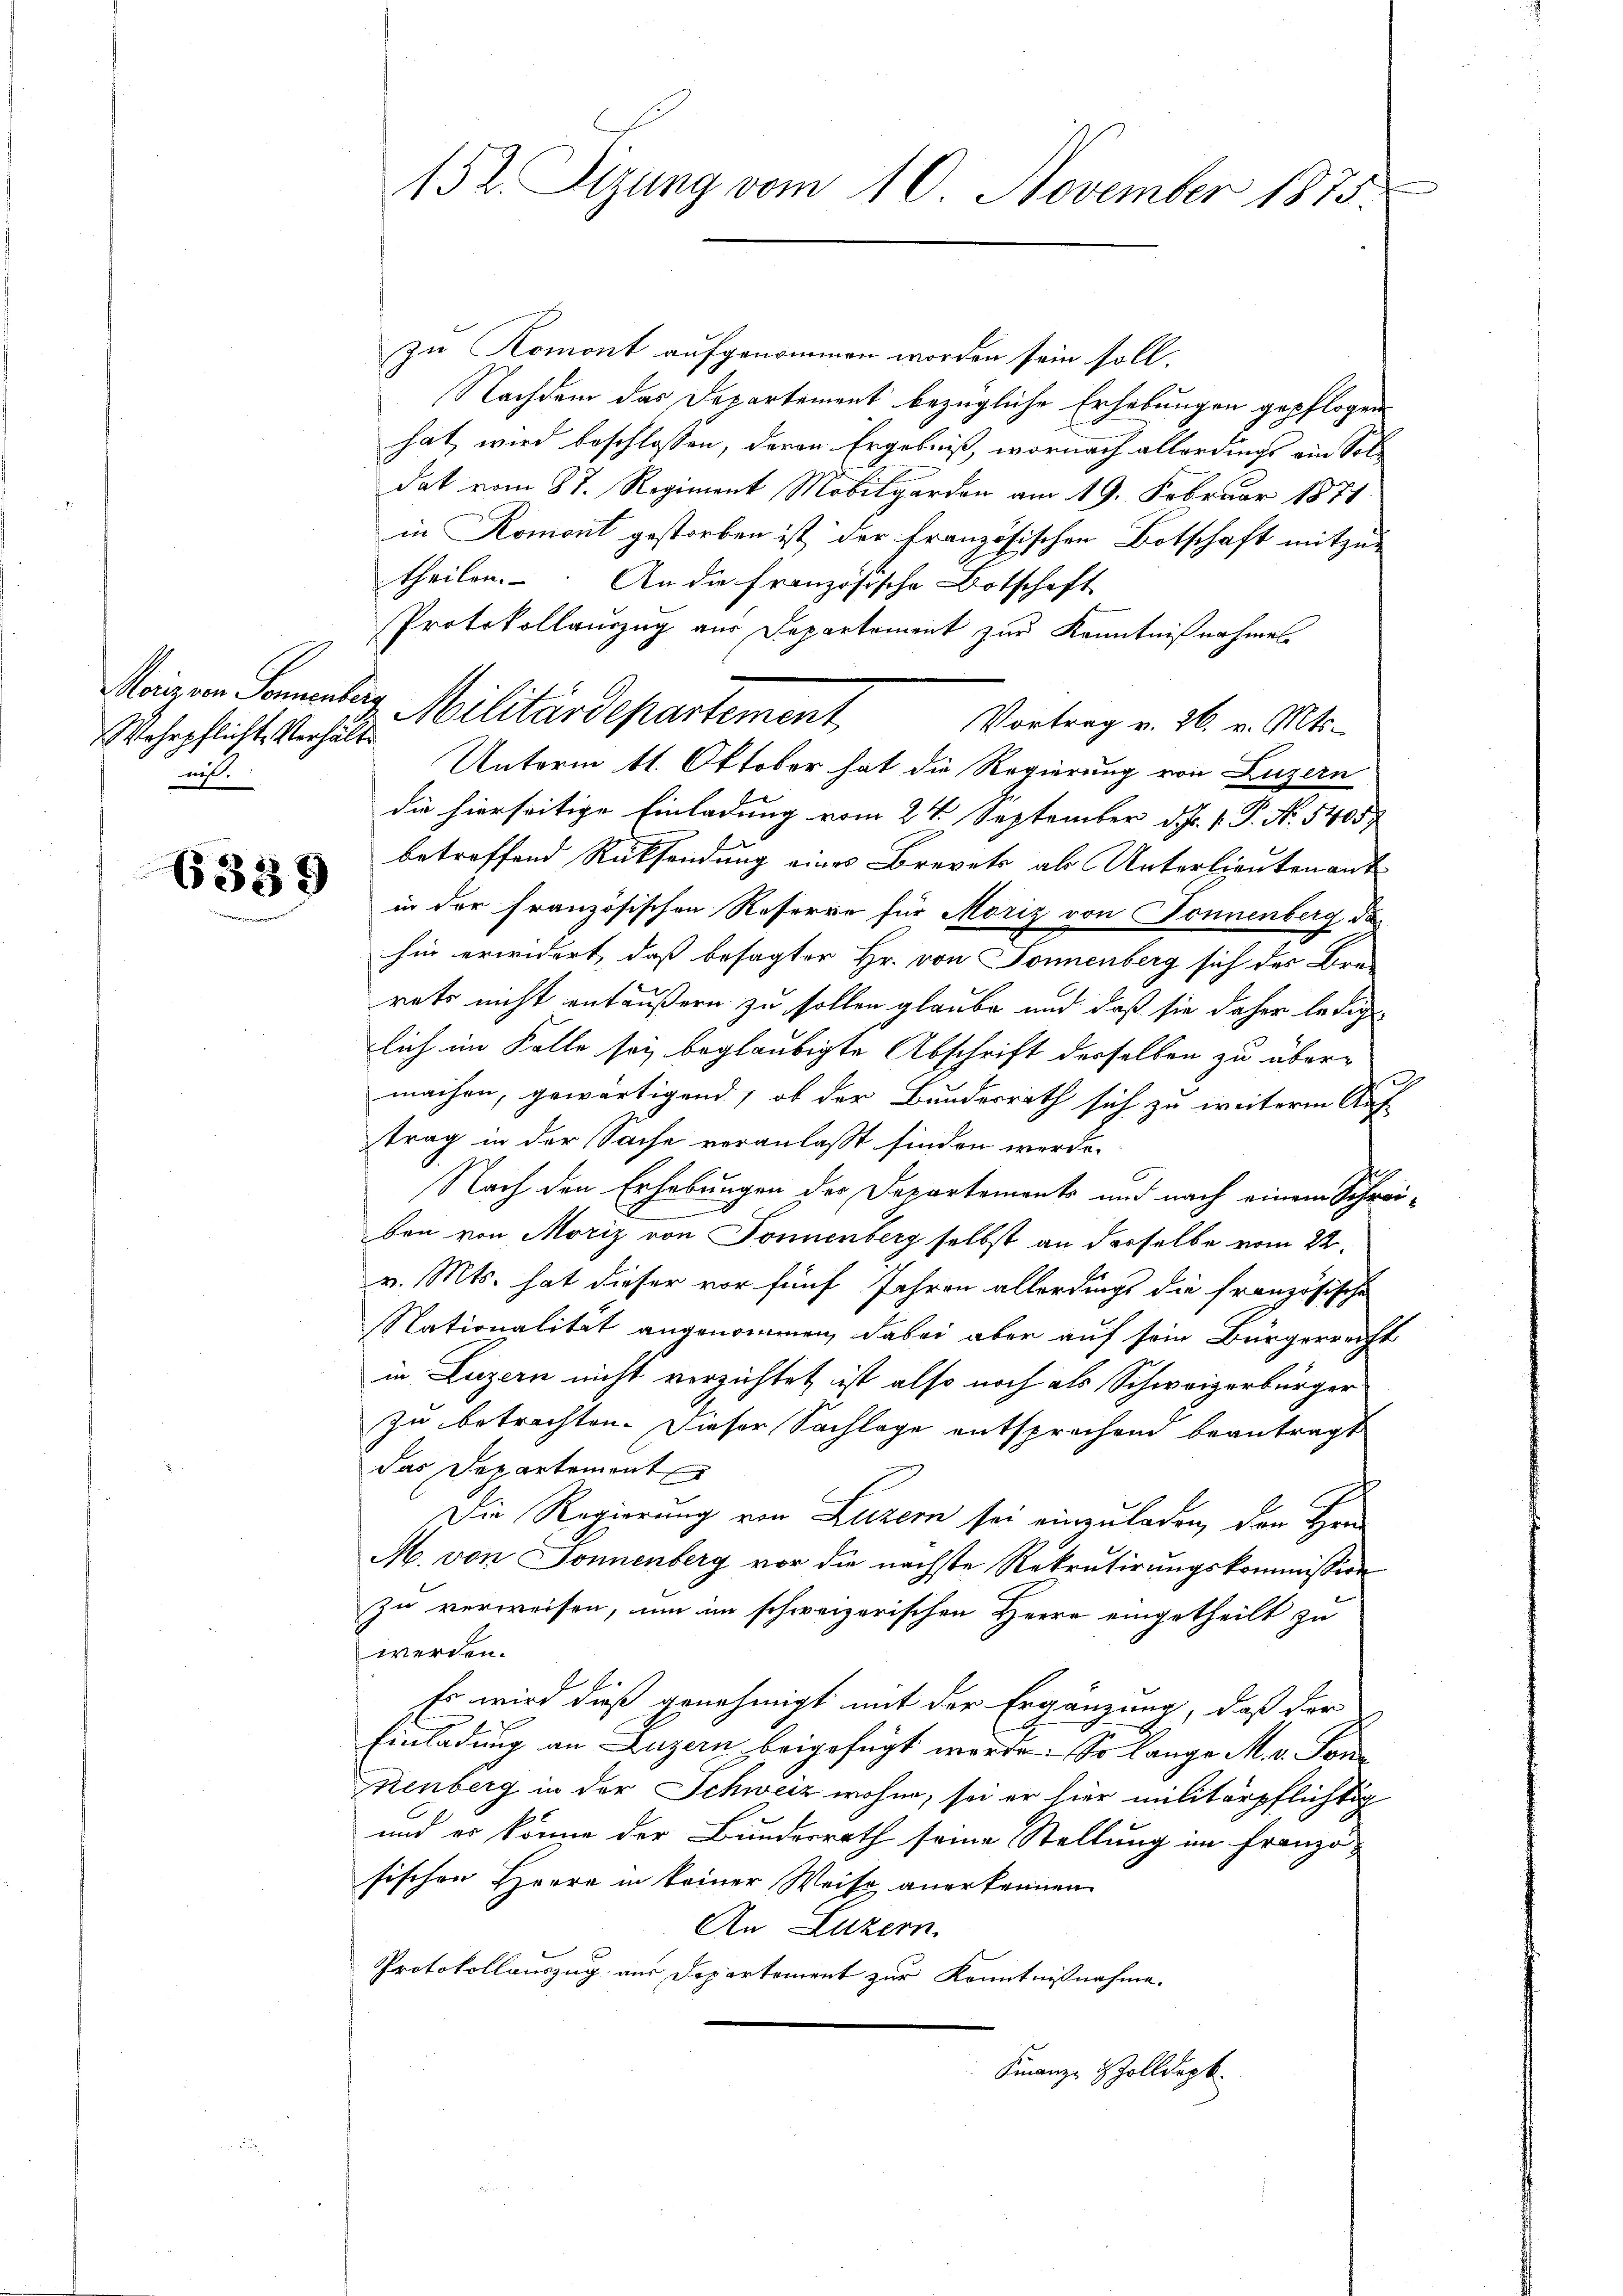
Wehrpflichte Verhältn
ni

6339

zu Komont aufgenommen worden sein soll.
Nachdem das Departement bezügliche Erhebungen gepflogen
hat wird beschlossen, deren Ergebniß, wornach allerdings ein Soldat vom 87. Regiment Mobilgarder am 19. Februar 1871
in Koniont gestorben ist, der Französischen Botschaft mitzutheilen. An die französische Botschaft
Protokollauszug aus Departement zur Kenntnißnahmes
Vortrag v. 26. v. Mts.
Unterm 11. Oktober hat die Regierung von Luzern
die hierseitige Einladung vom 24. September d. J. V. P. Nr. 5405
betreffend Rücksendung eines Brevets als Unterlieutenant
in der französischen Reserre für Moriz von Donnenberg, da
hin erwidert, daß besagter Hr. von Sonnenberg sich der Bra-
rets nicht entäußern zu sollen glaube und daß sie daher lediglich im Falle sey beglaubigte Abschrift derselben zu übermachen, gewärtigend, ob der Bundesrath sich zu weiterm Auf-
trag in der Sache veranlaßt finden werde.
Nach den Erhebungen der Departements und nach einem Schrei-
ben von Moriz von Donnenberg selbst an derselbe vom 22.
v. Mts. hat dieser vor fünf Jahren allerdings die französische
Nationalität angenommen, dabei aber auf sein Bürgerreicht
in Luzern nicht verzichtet ist also noch als Schweizerbürger
zu betrachten. Dieser Sachlage entsprechend beantragt
das Departement
Die Regierung von Luzern sei einzuladen, den Her
M. von Donnenberg vor die nächste Rekrutirungskommission
zu verweisen, um im schweizerischen Herrn eingetheilt zu
werden.
Es wird dieß genehmigt mit der Ergänzung, daß der
Einladung an Luzern beigefügt werde. So lange M. v. Son
Renberg in der Schweiz wohne, sei er hier militärpflichtig
und er könne der Bundesrath seine Stellung im Franzo
sischen Herrn in keiner Weise anerkennen
An Luzern
Protokollauszug aus Departement zur Kenntnißnahme.
Finanze Zolldept.

152. Sizung vom 10. November 1873.

Urigen Sommenberg, Militärdepartement,